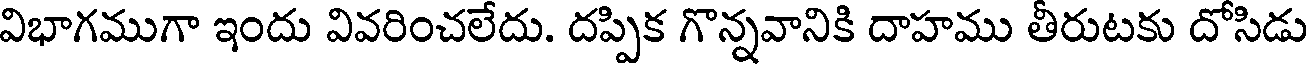
విభాగముగా ఇందు వివరించలేదు. దప్పిక గొన్నవానికి దాహము తీరుటకు దోసిడు